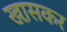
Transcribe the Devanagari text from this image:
खा़सकर